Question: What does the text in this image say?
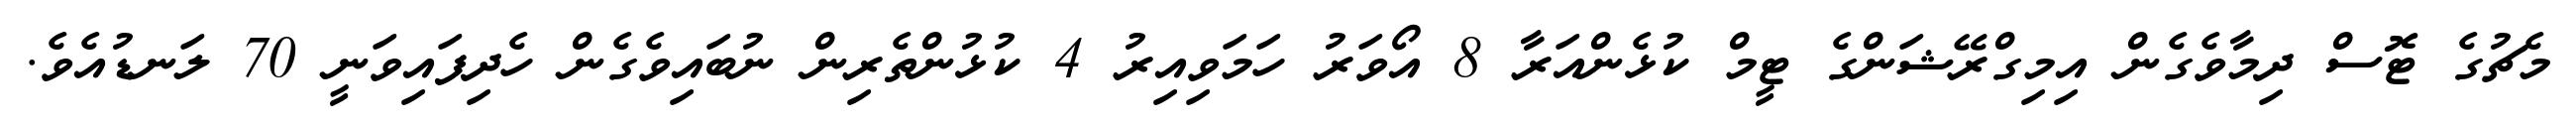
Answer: މެޗުގެ ޓޮސް ދިމާވެގެން އިމިގްރޭޝަންގެ ޓީމް ކުޅެންއަރާ 8 އޯވަރު ހަމަވިއިރު 4 ކުޅުންތެރިން ނުބައިވެގެން ހެދިފައިވަނީ 70 ލަނޑުއެވެ.